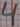
Text: 4